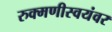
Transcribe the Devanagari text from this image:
रुक्मणीस्वयंवर